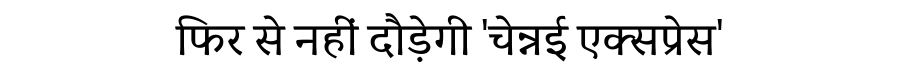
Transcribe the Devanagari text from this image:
फिर से नहीं दौड़ेगी 'चेन्नई एक्सप्रेस'